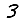
Digit: 3